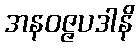
အနဝဇ္ဇပဒါနိ